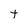
Character: t